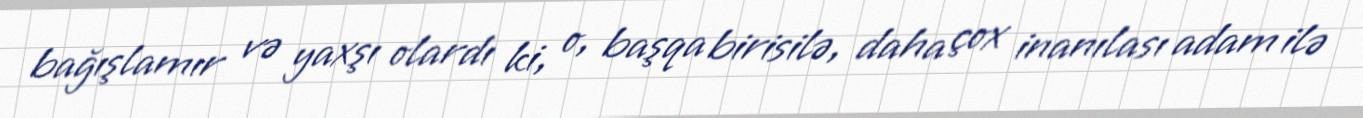
bağışlamır və yaxşı olardı ki, o, başqa birisilə, daha çox inanılası adam ilə